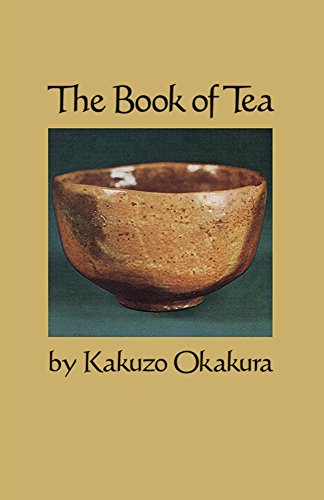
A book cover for The Book of Tea; Kakuzo Okakura; History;